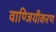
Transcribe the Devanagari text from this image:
वाण्जियीकरण